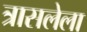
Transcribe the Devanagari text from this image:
त्रासलेला